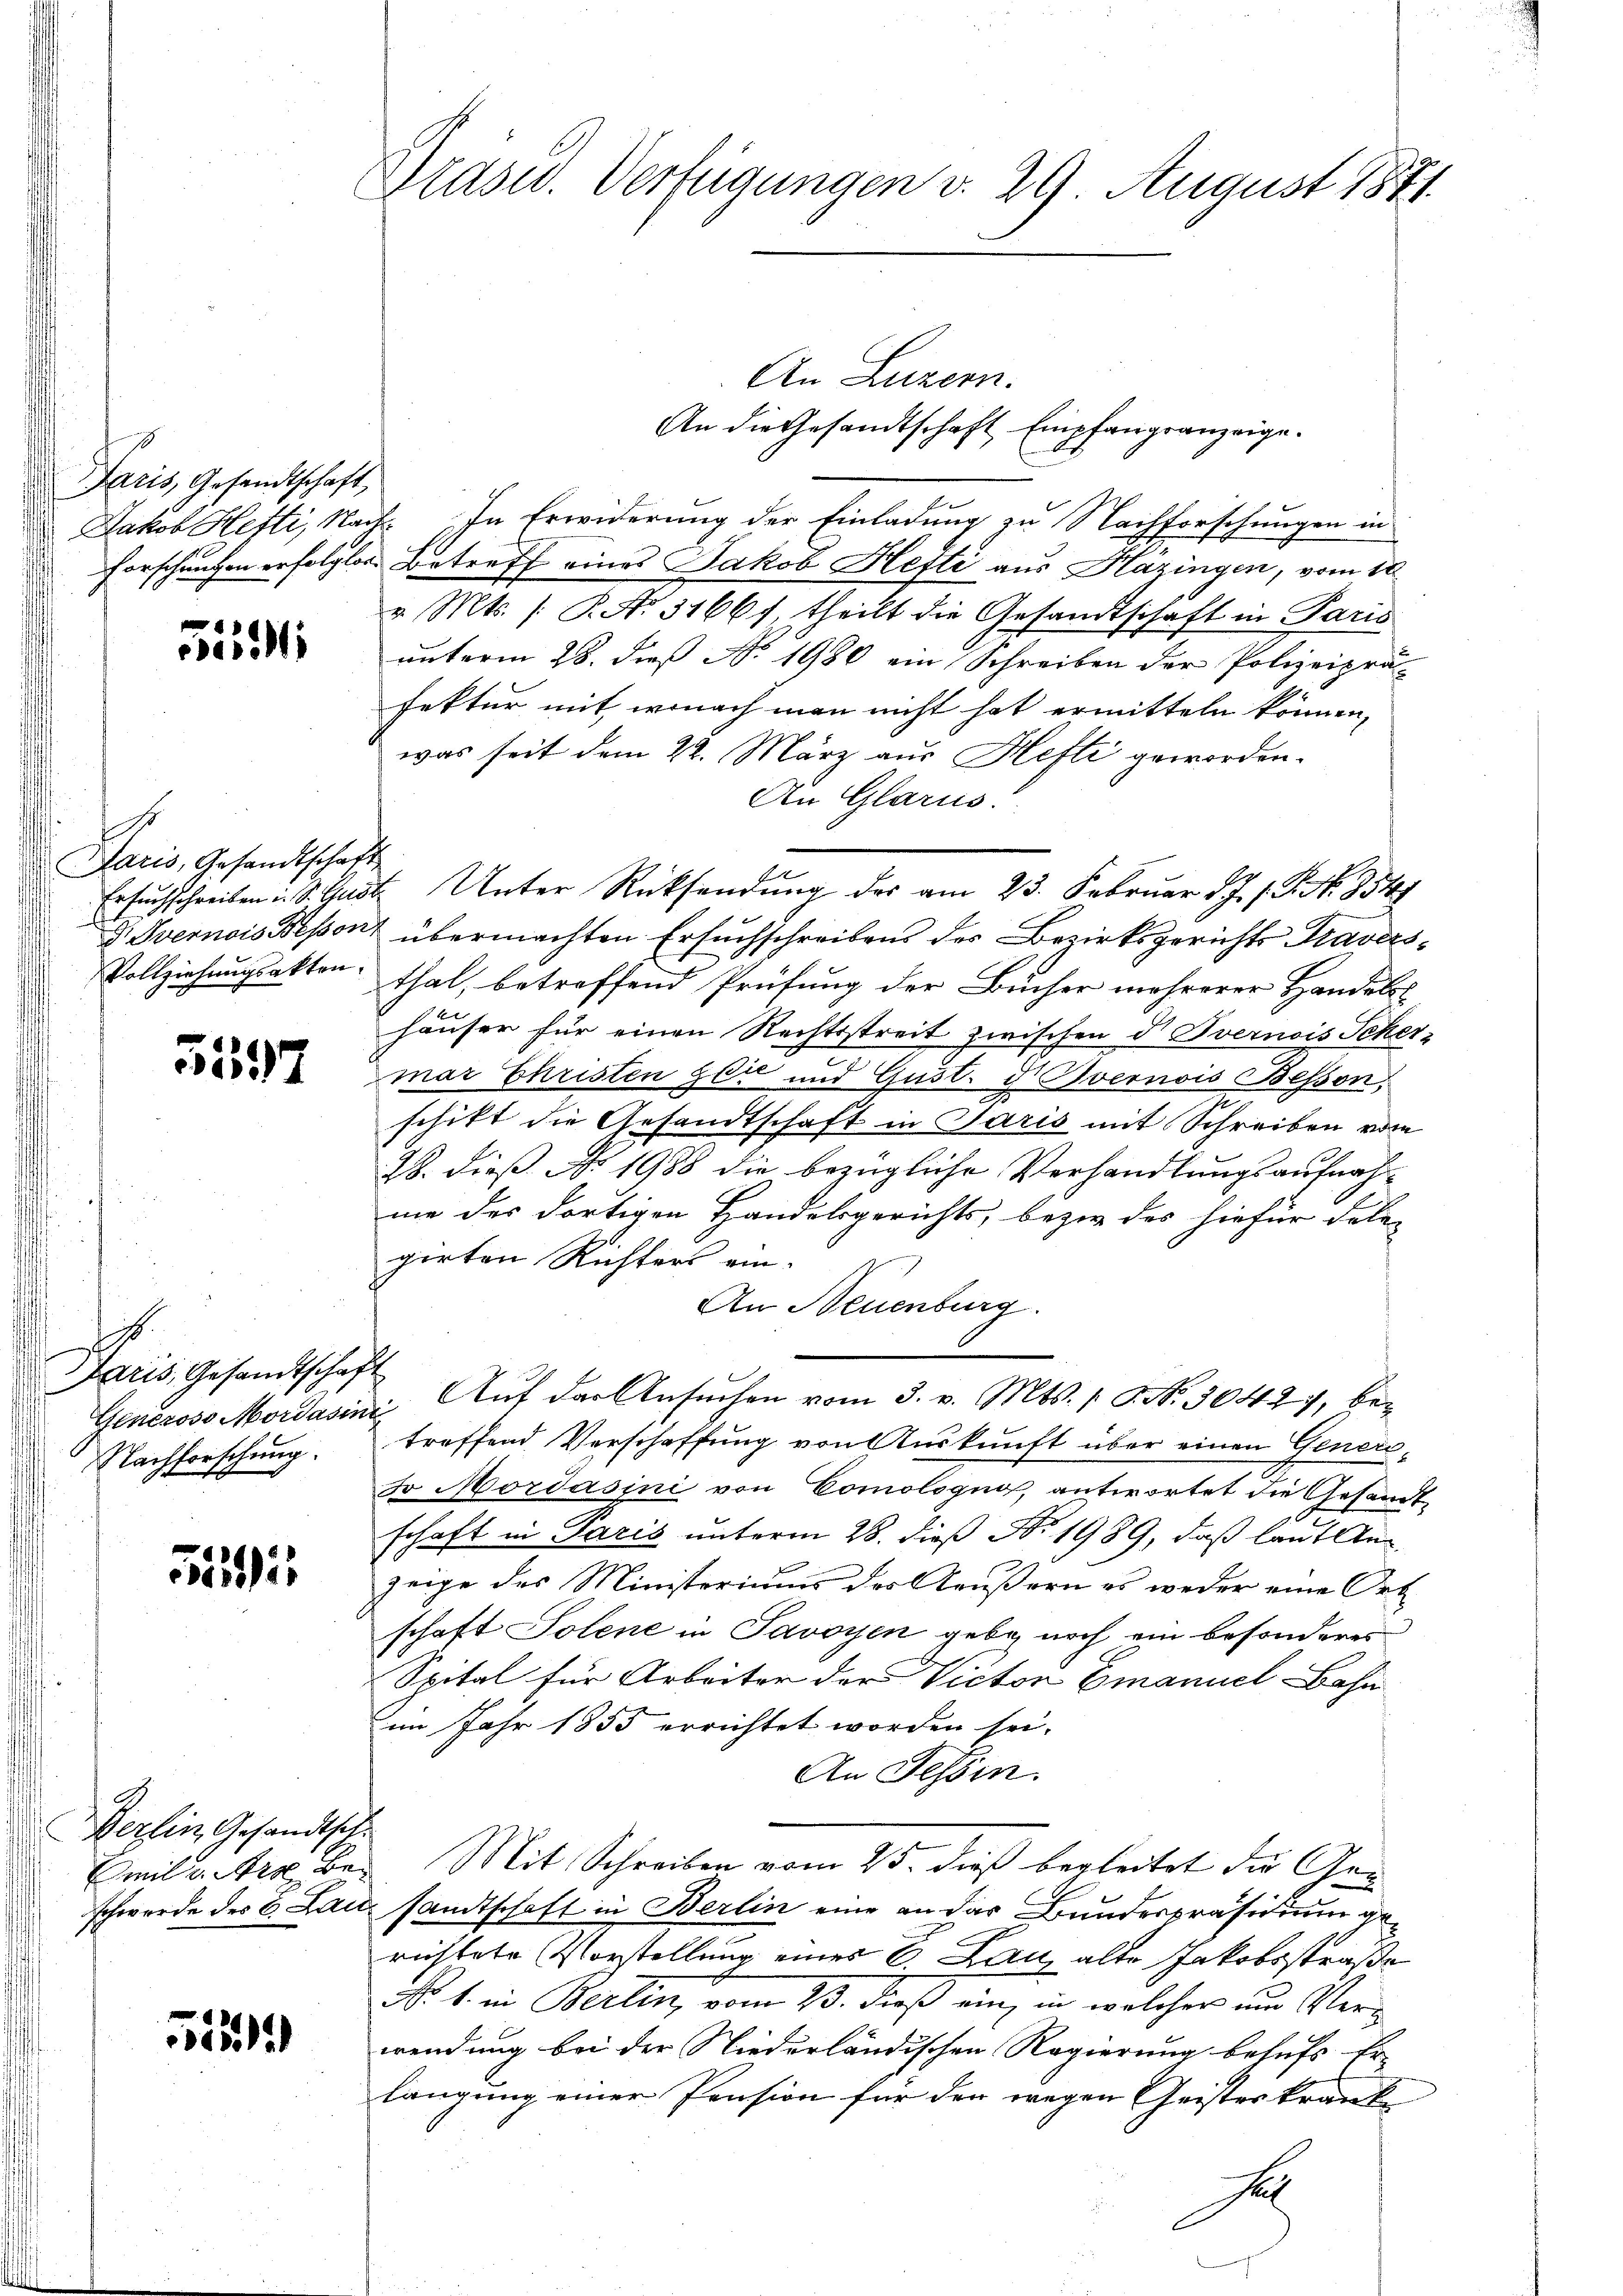
Paris Gesandtschaft,

¬
1

1
Paris, Gesandtschaft
Vollziehungsakten.

5597

1
Paris, Gesandtschaft
Nachforschung.

551

Berlin, Gesandtsch
Emil v. Art Be¬

513

Ardsw. Verfügungen v. 29 August 1871

An Luzern.
An die Gesandtschaft Empfangsanzeige.
Jakob Hefti, Nach. In Erwiderung der Einladung zu Nachforschungen in
Forschungen erfolglos. Betreff eines Jakob Hefti aus Hazingen, vom 10.
v. Mts. (T. S. 31667 theilt die Gesandtschaft in Paris
unterm 28. dieß No. 1980 ein Schreiben der Polizeipräs
fektur mit, wonach man nicht hat ermitteln können,
was seit dem 22. März aus Hefti geworden.
An Glarus:
Ersuchschreiben i. S. Gust. Unter Rücksendŭng des am 23. Februar d. J. P. Nr. 854
D. Overnois Besont übermachten Ersuchschreibens der Bezirksgerichts Traversthal, betreffend Prüfung der Bucher mehrerer Handels
häuser für einen Rechtsstreit zwischen d. vernois Scher-
mar Christen sei und Gust. d. Avernois Bessen,
schitt die Gesandtschaft in Paris mit Schreiben vom
28. dieß No 1988 die bezügliche Verhandlungsaufnah-
me des dortigen Handelsgerichts, bezw. des hiefür dele-
girten Richters ein¬
An Neuenburg.
Generoso Mordasini. Aŭf der Ansŭchen vom 3. v. Mts. S. Nr. 30427, betreffend Verschaffung von Auskunft über einen Geners¬
Fo Mordasini von Comologno, antwortet die Gesandtschaft in Paris unterm 28. dieß N. 1989, daß lauf An
zeige des Ministeriums der Aeußern es weder eine Ort
schaft Solene in Savoyen gebe, noch ein besonderes
Spital für Arbeiter der Victor Emanuel-Bahn
im Jahr 1855 errichtet worden sei.
An Tessin.
Mit Schreiben vom 25. dieß begleitet die Gen
schwerde des C. Lausandtschaft in Berlin eine an das Bundespräsidium gerichtete Vorstellung eines 6 Bau alte Jakobsstraße
No. 1. in Berlin, vom 23. dieß ein, in welcher um Verwendung bei der Niederländischen Regierung behufs Er-
langung einer Pension für der wegen Geisteskranke
Jah